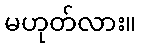
မဟုတ်လား။